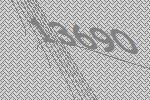
13690